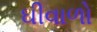
ઘીવાળો